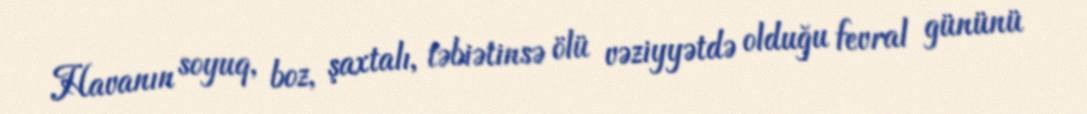
Havanın soyuq, boz, şaxtalı, təbiətinsə ölü vəziyyətdə olduğu fevral gününü